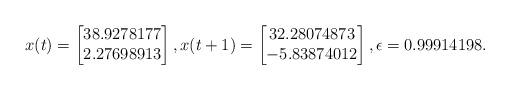
LaTeX: \begin{align*}x(t) = \begin{bmatrix} 38.9278177 \\ 2.27698913\end{bmatrix},x(t+1) = \begin{bmatrix} 32.28074873 \\ -5.83874012\end{bmatrix},\epsilon = 0.99914198.\end{align*}